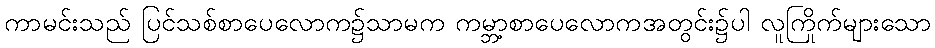
ကာမင်းသည် ပြင်သစ်စာပေလောက၌သာမက ကမ္ဘာ့စာပေလောကအတွင်း၌ပါ လူကြိုက်များသော